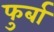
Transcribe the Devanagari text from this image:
फुर्बा